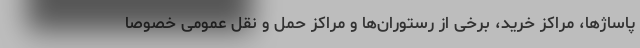
پاساژها، مراکز خرید، برخی از رستوران‌ها و مراکز حمل و نقل عمومی خصوصا